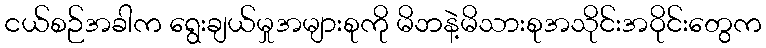
ငယ်စဉ်အခါက ရွေးချယ်မှုအများစုကို မိဘနဲ့မိသားစုအသိုင်းအဝိုင်းတွေက